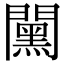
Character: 𨶯